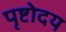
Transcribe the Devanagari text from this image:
पृष्टोदय